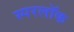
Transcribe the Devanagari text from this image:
स्परलॉक